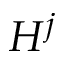
H ^ { j }